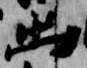
出